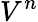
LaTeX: V^{n}